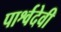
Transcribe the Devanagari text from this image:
पार्श्वदेवी